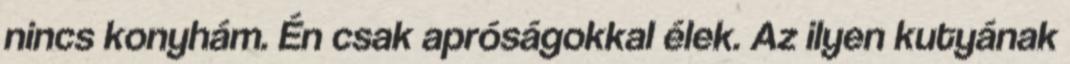
nincs konyhám. Én csak apróságokkal élek. Az ilyen kutyának